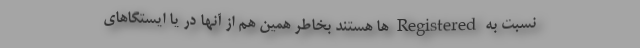
نسبت به Registered ها هستند بخاطر همین هم از آنها در یا ایستگاهای